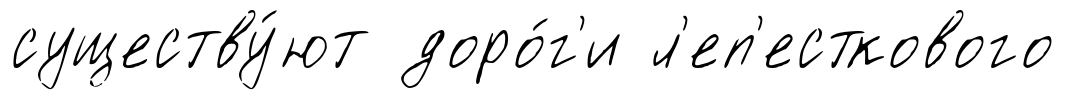
существу́ют доро́г'и л'еп'есткового